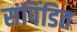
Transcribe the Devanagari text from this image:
संपिंडित